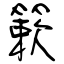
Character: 簌